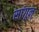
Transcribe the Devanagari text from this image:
सांगून्